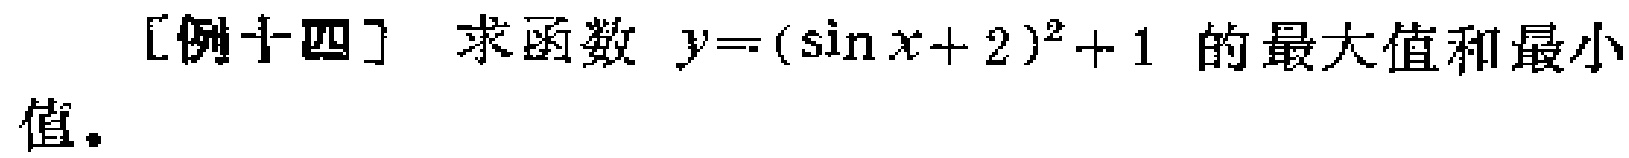
[例十四] 求函数 \(y = (\sin x + 2)^2 + 1\) 的最大值和最小值。